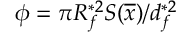
\phi = \pi R _ { f } ^ { \ast 2 } S ( \overline { { x } } ) / d _ { f } ^ { \ast 2 }